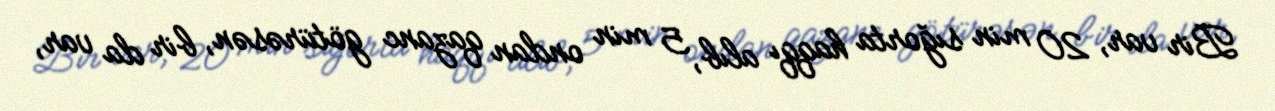
Bir var, 20 min sığorta haqqı alıb, 5 min ondan qazanc götürəsən, bir da var,